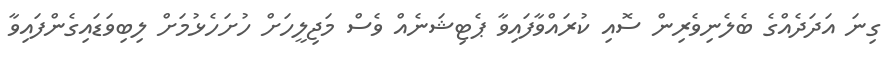
ގިނަ އަދަދެއްގެ ބެލެނިވެރިން ސޮއި ކުރައްވާފައިވާ ޕެޓިޝަނެއް ވެސް މަޖިލީހަށް ހުށަހެޅުމަށް ލިބިވަޑައިގެންފައިވާ